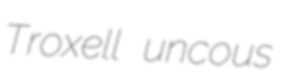
Troxell uncous